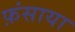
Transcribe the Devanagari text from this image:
फ़ंसाया